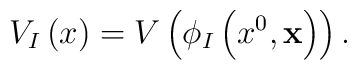
V_{I}\left(x\right)=V\left(\phi_{I}\left(x^0,{\bf x}\right)\right).